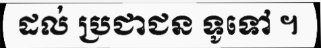
ដល់ ប្រជាជន ទូទៅ ។